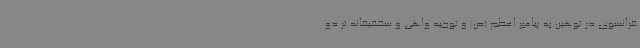
فرانسوی در توهین به پیامبر اعظم (ص) و توجیه واهی و سخفیفانه تر دو